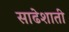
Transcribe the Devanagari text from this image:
साढेशाती